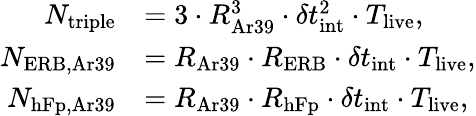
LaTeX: \begin{array}{rl}{N_{\mathrm{triple}}}&{=3\cdot R_{\mathrm{Ar39}}^{3}\cdot\delta t_{\mathrm{int}}^{2}\cdot T_{\mathrm{live}},}\\ {N_{\mathrm{ERB,Ar39}}}&{=R_{\mathrm{Ar39}}\cdot R_{\mathrm{ERB}}\cdot\delta t_{\mathrm{int}}\cdot T_{\mathrm{live}},}\\ {N_{\mathrm{hFp,Ar39}}}&{=R_{\mathrm{Ar39}}\cdot R_{\mathrm{hFp}}\cdot\delta t_{\mathrm{int}}\cdot T_{\mathrm{live}},}\end{array}